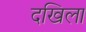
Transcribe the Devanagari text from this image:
दखिला